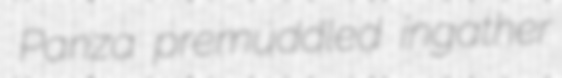
Panza premuddled ingather